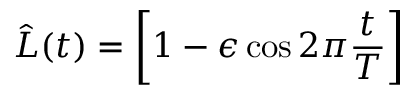
\hat { L } ( t ) = \left[ 1 - \epsilon \cos 2 \pi \frac { t } { T } \right]